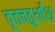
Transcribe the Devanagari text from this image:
वृत्तचतुर्थांश